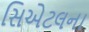
સિએટલના